Report on vaccination in the Province of Bengal - 1869-1873
Year: 1869
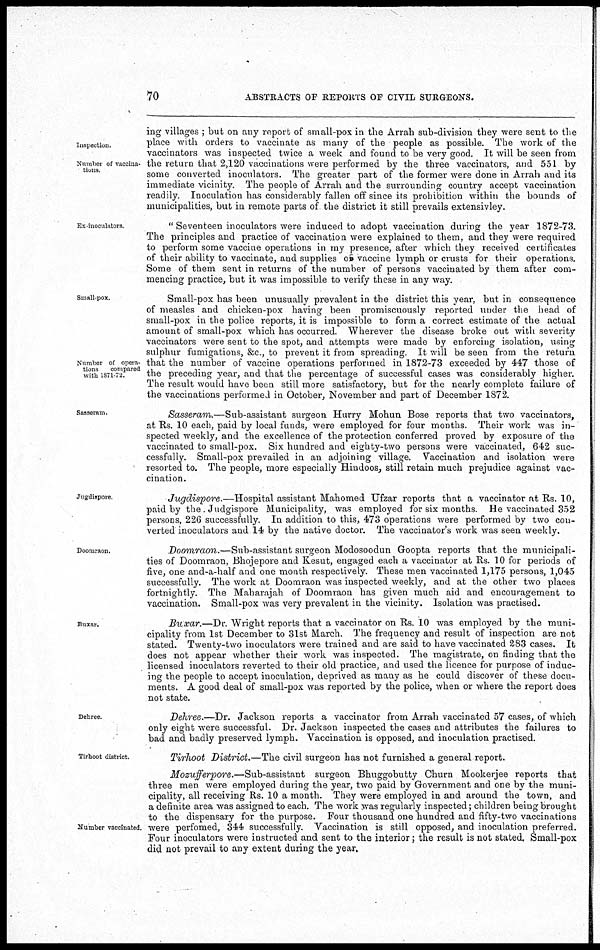
70
ABSTRACTS OF REPORTS OF CIVIL SURGEONS.
Inspection.
Number of vaccina-
tions.
ing villages ; but on any report of small-pox in the Arrah sub-division they were sent to the
place with orders to vaccinate as many of the people as possible. The work of the
vaccinators was inspected twice a week and found to be very good. It will be seen from
the return that 2,120 vaccinations were performed by the three vaccinators, and 551 by
some converted inoculators. The greater part of the former were done in Arrah and its
immediate vicinity. The people of Arrah and the surrounding country accept vaccination
readily. Inoculation has considerably fallen off since its prohibition within the bounds of
municipalities, but in remote parts of the district it still prevails extensivley.
Ex-inoculators.
" Seventeen inoculators were induced to adopt vaccination during the year 1872-73.
The principles and practice of vaccination were explained to them, and they were required
to perform some vaccine operations in my presence, after which they received certificates
of their ability to vaccinate, and supplies of vaccine lymph or crusts for their operations.
Some of them sent in returns of the number of persons vaccinated by them after com-
mencing practice, but it was impossible to verify these in any way.
Small-pox.
Number of opera¬
tions
compared
with 1871-72.
Small-pox has been unusually prevalent in the district this year, but in consequence
of measles and chicken-pox having been promiscuously reported under the head of
small-pox in the police reports, it is impossible to form a correct estimate of the actual
amount of small-pox which has occurred. Wherever the disease broke out with severity
vaccinators were sent to the spot, and attempts were made by enforcing isolation, using
sulphur fumigations, &c., to prevent it from spreading. It will be seen from the return
that the number of vaccine operations performed in 1872-73 exceeded by 447 those of
the preceding year, and that the percentage of successful cases was considerably higher.
The result would have been still more satisfactory, but for the nearly complete failure of
the vaccinations performed in October, November and part of December 1872.
Sasseram.
Sasseram.—Sub-assistant
surgeon Hurry Mohun Bose reports that two vaccinators,
at Rs. 10 each, paid by local funds, were employed for four months. Their work was in-
spected weekly, and the excellence of the protection conferred proved by exposure of the
vaccinated to small-pox. Six hundred and eighty-two persons were vaccinated, 642 suc-
cessfully. Small-pox prevailed in an adjoining village. Vaccination and isolation were
resorted to. The people, more especially Hindoos, still retain much prejudice against vac-
cination.
Jugdispore
Jugdispore.—Hospital
assistant Mahomed Ufzar reports that a vaccinator at Rs. 10,
paid by the. Judgispore Municipality, was employed for six months. He vaccinated 352
persons, 226 successfully. In addition to this, 473 operations were performed by two con-
verted inoculators and 14 by the native doctor. The vaccinator's work was seen weekly.
Doomraon.
Doomraon.—Sub-assistant surgeon Modosoodun Goopta reports that the municipali-
ties of Doomraon, Bhojepore and Kesut, engaged each a vaccinator at Rs. 10 for periods of
five, one and-a-half and one month respectively. These men vaccinated 1,175 persons, 1,045
successfully. The work at Doomraon was inspected weekly, and at the other two places
fortnightly. The Maharajah of Doomraon has given much aid and encouragement to
vaccination. Small-pox was very prevalent in the vicinity. Isolation was practised.
Buxar.
Buxar.—Dr. Wright reports that a vaccinator on Rs. 10 was employed by the muni-
cipality from 1st December to 31st March. The frequency and result of inspection are not
stated. Twenty-two inoculators were trained and are said to have vaccinated 283 cases. It
does not appear whether their work was inspected. The magistrate, on finding that the
licensed inoculators reverted to their old practice, and used the licence for purpose of induc-
ing the people to accept inoculation, deprived as many as he could discover of these docu-
ments. A good deal of small-pox was reported by the police, when or where the report does
not state.
Dehree.
Dehree.—Dr. Jackson reports a vaccinator from Arrah vaccinated 57 cases, of which
only eight were successful. Dr. Jackson inspected the cases and attributes the failures to
bad and badly preserved lymph. Vaccination is opposed, and inoculation practised.
Tirhoot district.
Tirhoot District.—The civil surgeon has not furnished a general report.
Number vaccinated.
Mozufferpore.—Sub-assistant
surgeon Bhuggobutty Churn Mookerjee reports that
three men were employed during the year, two paid by Government and one by the muni-
cipality, all receiving Rs. 10 a month. They were employed in and around the town, and
a definite area was assigned to each. The work was regularly inspected; children being brought
to the dispensary for the purpose. Four thousand one hundred and fifty-two vaccinations
were perfomed, 344 successfully. Vaccination is still opposed, and inoculation preferred.
Four inoculators were instructed and sent to the interior; the result is not stated. Small-pox
did not prevail to any extent during the year.